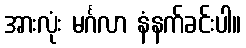
အားလုံး မင်္ဂလာ နံနက်ခင်းပါ။